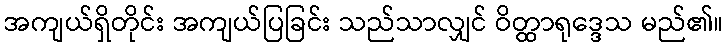
အကျယ်ရှိတိုင်း အကျယ်ပြခြင်း သည်သာလျှင် ဝိတ္ထာရုဒ္ဒေသ မည်၏။